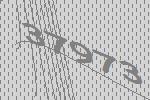
37973